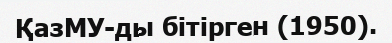
ҚазМУ-ды бітірген (1950).